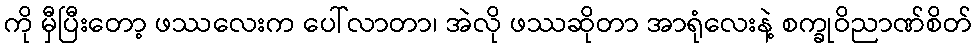
ကို မှီပြီးတော့ ဖဿလေးက ပေါ်လာတာ၊ အဲလို ဖဿဆိုတာ အာရုံလေးနဲ့ စက္ခုဝိညာဏ်စိတ်